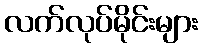
လက်လုပ်မိုင်းများ